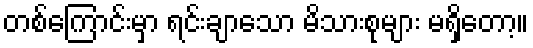
တစ်ကြောင်းမှာ ရင်းချာသော မိသားစုများ မရှိတော့။